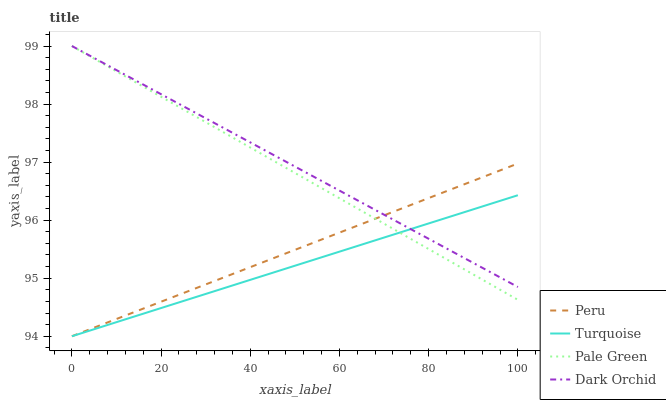
| xaxis_label | Peru | Turquoise | Pale Green | Dark Orchid |
 | --- | --- | --- | --- | --- |
 | 0 | 94 | 94 | 99 | 99 |
 | 5.56 | 94.2 | 94.1 | 98.8 | 98.8 |
 | 11.1 | 94.3 | 94.3 | 98.5 | 98.5 |
 | 16.7 | 94.5 | 94.4 | 98.3 | 98.3 |
 | 22.2 | 94.7 | 94.5 | 98 | 98.1 |
 | 27.8 | 94.8 | 94.7 | 97.8 | 97.8 |
 | 33.3 | 95 | 94.8 | 97.5 | 97.6 |
 | 38.9 | 95.2 | 94.9 | 97.3 | 97.4 |
 | 44.4 | 95.3 | 95.1 | 97.1 | 97.2 |
 | 50 | 95.5 | 95.2 | 96.8 | 96.9 |
 | 55.6 | 95.7 | 95.3 | 96.6 | 96.7 |
 | 61.1 | 95.8 | 95.5 | 96.3 | 96.5 |
 | 66.7 | 96 | 95.6 | 96.1 | 96.2 |
 | 72.2 | 96.1 | 95.8 | 95.8 | 96 |
 | 77.8 | 96.3 | 95.9 | 95.6 | 95.8 |
 | 83.3 | 96.5 | 96 | 95.4 | 95.5 |
 | 88.9 | 96.6 | 96.2 | 95.1 | 95.3 |
 | 94.4 | 96.8 | 96.3 | 94.9 | 95.1 |
 | 100 | 97 | 96.4 | 94.6 | 94.8 |